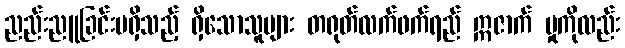
ညည်းညူခြင်းမရှိသည့် ရှိသောသူများ တရုတ်လက်ဖက်ရည် ဣဇာက် မှုကိုလည်း